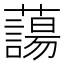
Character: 𮒲